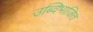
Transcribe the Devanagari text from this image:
उब्विभाजित